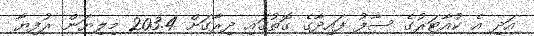
އަދި އެ ކުއާޓަރުގެ ސާފު ފައިދާގެ ގޮތުގައި ދިރާގަށް 203.4 މިލިޔަން ރުފިޔާ